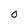
Character: O